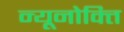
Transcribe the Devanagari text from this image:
न्यूनोक्‍ति